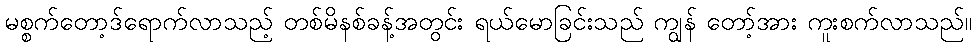
မစ္စက်တော့ဒ်ရောက်လာသည့် တစ်မိနစ်ခန့်အတွင်း ရယ်မောခြင်းသည် ကျွန် တော့်အား ကူးစက်လာသည်။